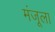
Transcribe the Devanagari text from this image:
मंजूला